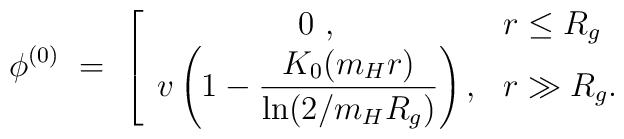
\phi^{(0)}\ =\ \left[ \begin{array}{cl}\displaystyle 0\ , & r\le R_g\\\displaystyle v\left(1-\frac{K_0(m_Hr)}{\ln(2/m_HR_g)}\right), &r\gg R_g. \end{array} \right.